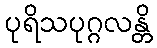
ပုရိသပုဂ္ဂလန္တိ